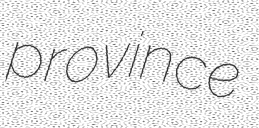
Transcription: province